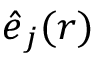
\boldsymbol { \hat { e } } _ { j } ( r )